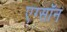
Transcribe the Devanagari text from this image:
एग्सॉन